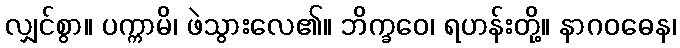
လျှင်စွာ။ ပက္ကာမိ၊ ဖဲသွားလေ၏။ ဘိက္ခဝေ၊ ရဟန်းတို့။ နာဂဝဓေန၊